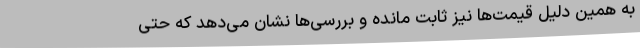
به همین دلیل قیمت‌ها نیز ثابت مانده و بررسی‌ها نشان می‌دهد که حتی